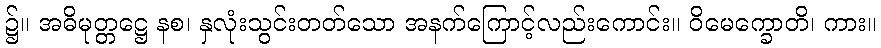
၌။ အဓိမုတ္တဋ္ဌေ နစ၊ နှလုံးသွင်းတတ်သော အနက်ကြောင့်လည်းကောင်း။ ဝိမေက္ခောတိ၊ ကား။